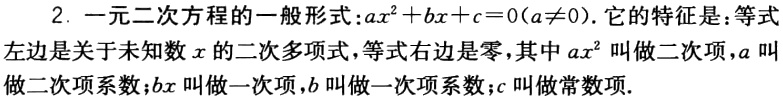
2. 一元二次方程的一般形式：\(ax^{2}+bx + c = 0(a\neq0)\). 它的特征是：等式左边是关于未知数\(x\)的二次多项式，等式右边是零，其中\(ax^{2}\)叫做二次项，\(a\)叫做二次项系数；\(bx\)叫做一次项，\(b\)叫做一次项系数；\(c\)叫做常数项.